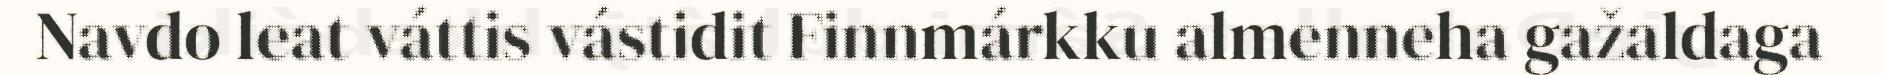
Navdo leat váttis vástidit Finnmárkku almenneha gažaldaga